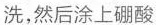
洗，然后涂上硼酸